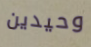
وحيدين